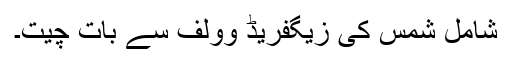
شامل شمس کی زیگفریڈ وولف سے بات چیت۔